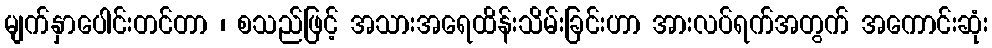
မျက်နှာပေါင်းတင်တာ ၊ စသည်ဖြင့် အသားအရေထိန်းသိမ်းခြင်းဟာ အားလပ်ရက်အတွက် အကောင်းဆုံး